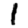
Digit: 1